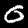
Label: 0